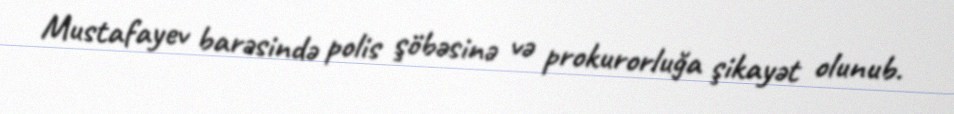
Mustafayev barəsində polis şöbəsinə və prokurorluğa şikayət olunub.